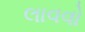
લાવવો